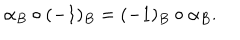
LaTeX: \alpha _ { B } \circ ( - 1 ) _ { B } = ( - 1 ) _ { B } \circ \alpha _ { B } .